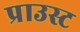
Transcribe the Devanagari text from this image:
प्राउस्ट